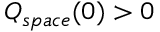
Q _ { s p a c e } ( 0 ) > 0